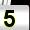
Digit: 5